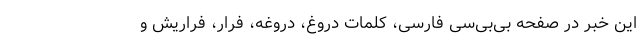
این خبر در صفحه بی‌بی‌سی فارسی، کلمات دروغ، دروغه، فرار، فراریش و